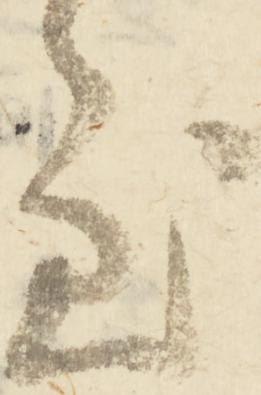
至